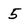
Character: 5